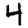
Digit: 4